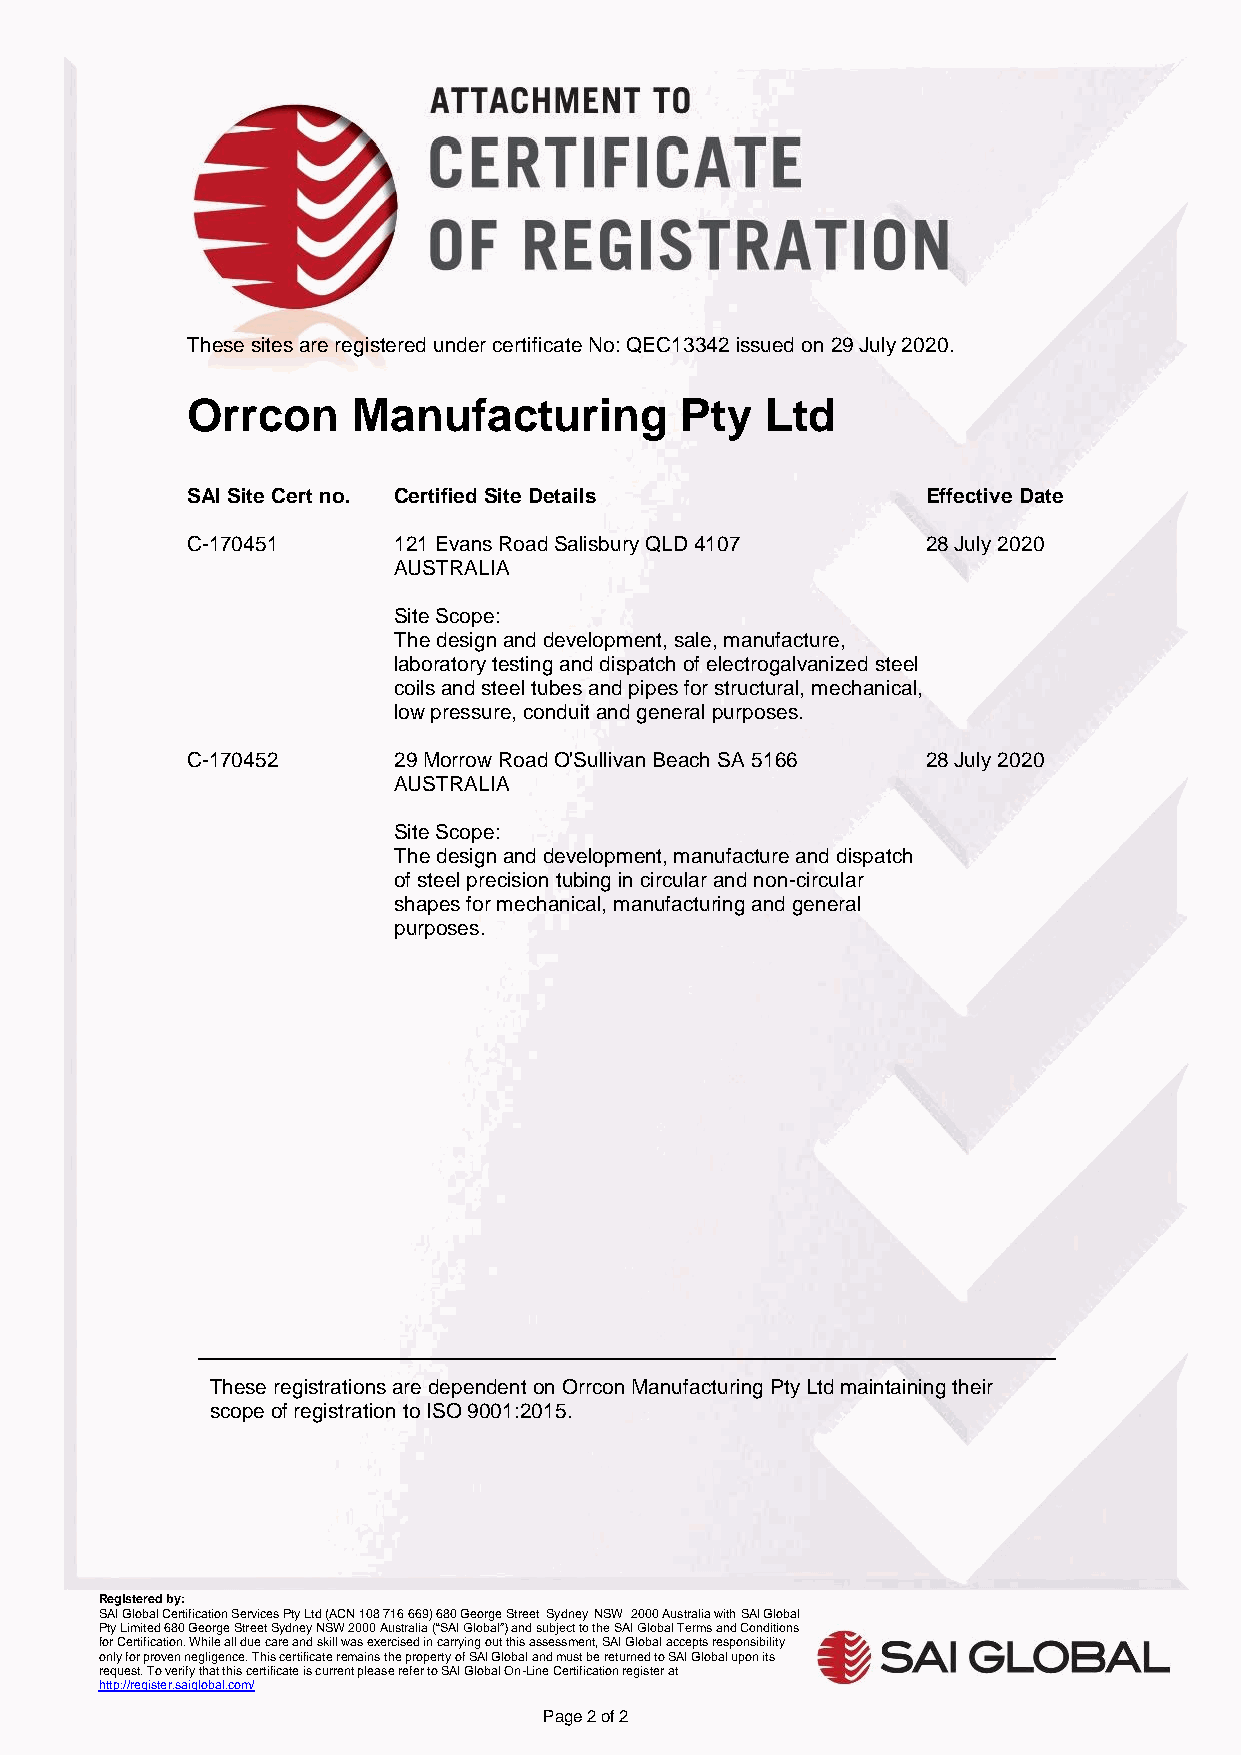
These sites are registered under certificate No: QEC13342 issued on 29 July 2020.
 Orrcon     Manufacturing         Pty   Ltd
 SAI Site Cert no. Certified Site Details         Effective Date
 C-170451      121 Evans Road Salisbury QLD 4107  28 July 2020
 AUSTRALIA
 Site Scope:
 The design and development, sale, manufacture,
 laboratory testing and dispatch of electrogalvanized steel
 coils and steel tubes and pipes for structural, mechanical,
 low pressure, conduit and general purposes.
 C-170452      29 Morrow Road O'Sullivan Beach SA 5166 28 July 2020
 AUSTRALIA
 Site Scope:
 The design and development, manufacture and dispatch
 of steel precision tubing in circular and non-circular
 shapes for mechanical, manufacturing and general
 purposes.
 These registrations are dependent on Orrcon Manufacturing Pty Ltd maintaining their
 scope of registration to ISO 9001:2015.
 Registered by:
 SAI Global Certification Services Pty Ltd (ACN 108 716 669) 680 George Street Sydney NSW 2000 Australia with SAI Global
 Pty Limited 680 George Street Sydney NSW 2000 Australia (“SAI Global”) and subject to the SAI Global Terms and Conditions
 for Certification. While all due care and skill was exercised in carrying out this assessment, SAI Global accepts responsibility
 only for proven negligence. This certificate remains the property of SAI Global and must be returned to SAI Global upon its
 request. To verify that this certificate is current please refer to SAI Global On-Line Certification register at
 http://register.saiglobal.com/
 Page 2 of 2